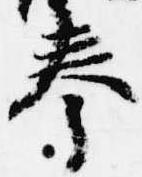
奉